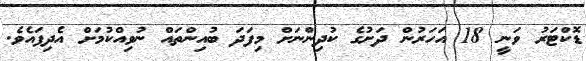
ޑޮކްޓަރު ވަނީ 18 އަހަރުން ދަށުގެ ކުދިންނަށް މިފަދަ ބުއިންތައް ނުވިއްކުމަށް އެދިފައެވެ.